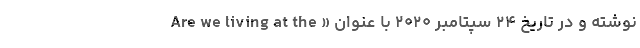
نوشته و در تاریخ ۲۴ سپتامبر ۲۰۲۰ با عنوان « Are we living at the